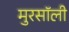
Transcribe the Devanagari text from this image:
मुरसॉली